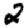
Digit: 2